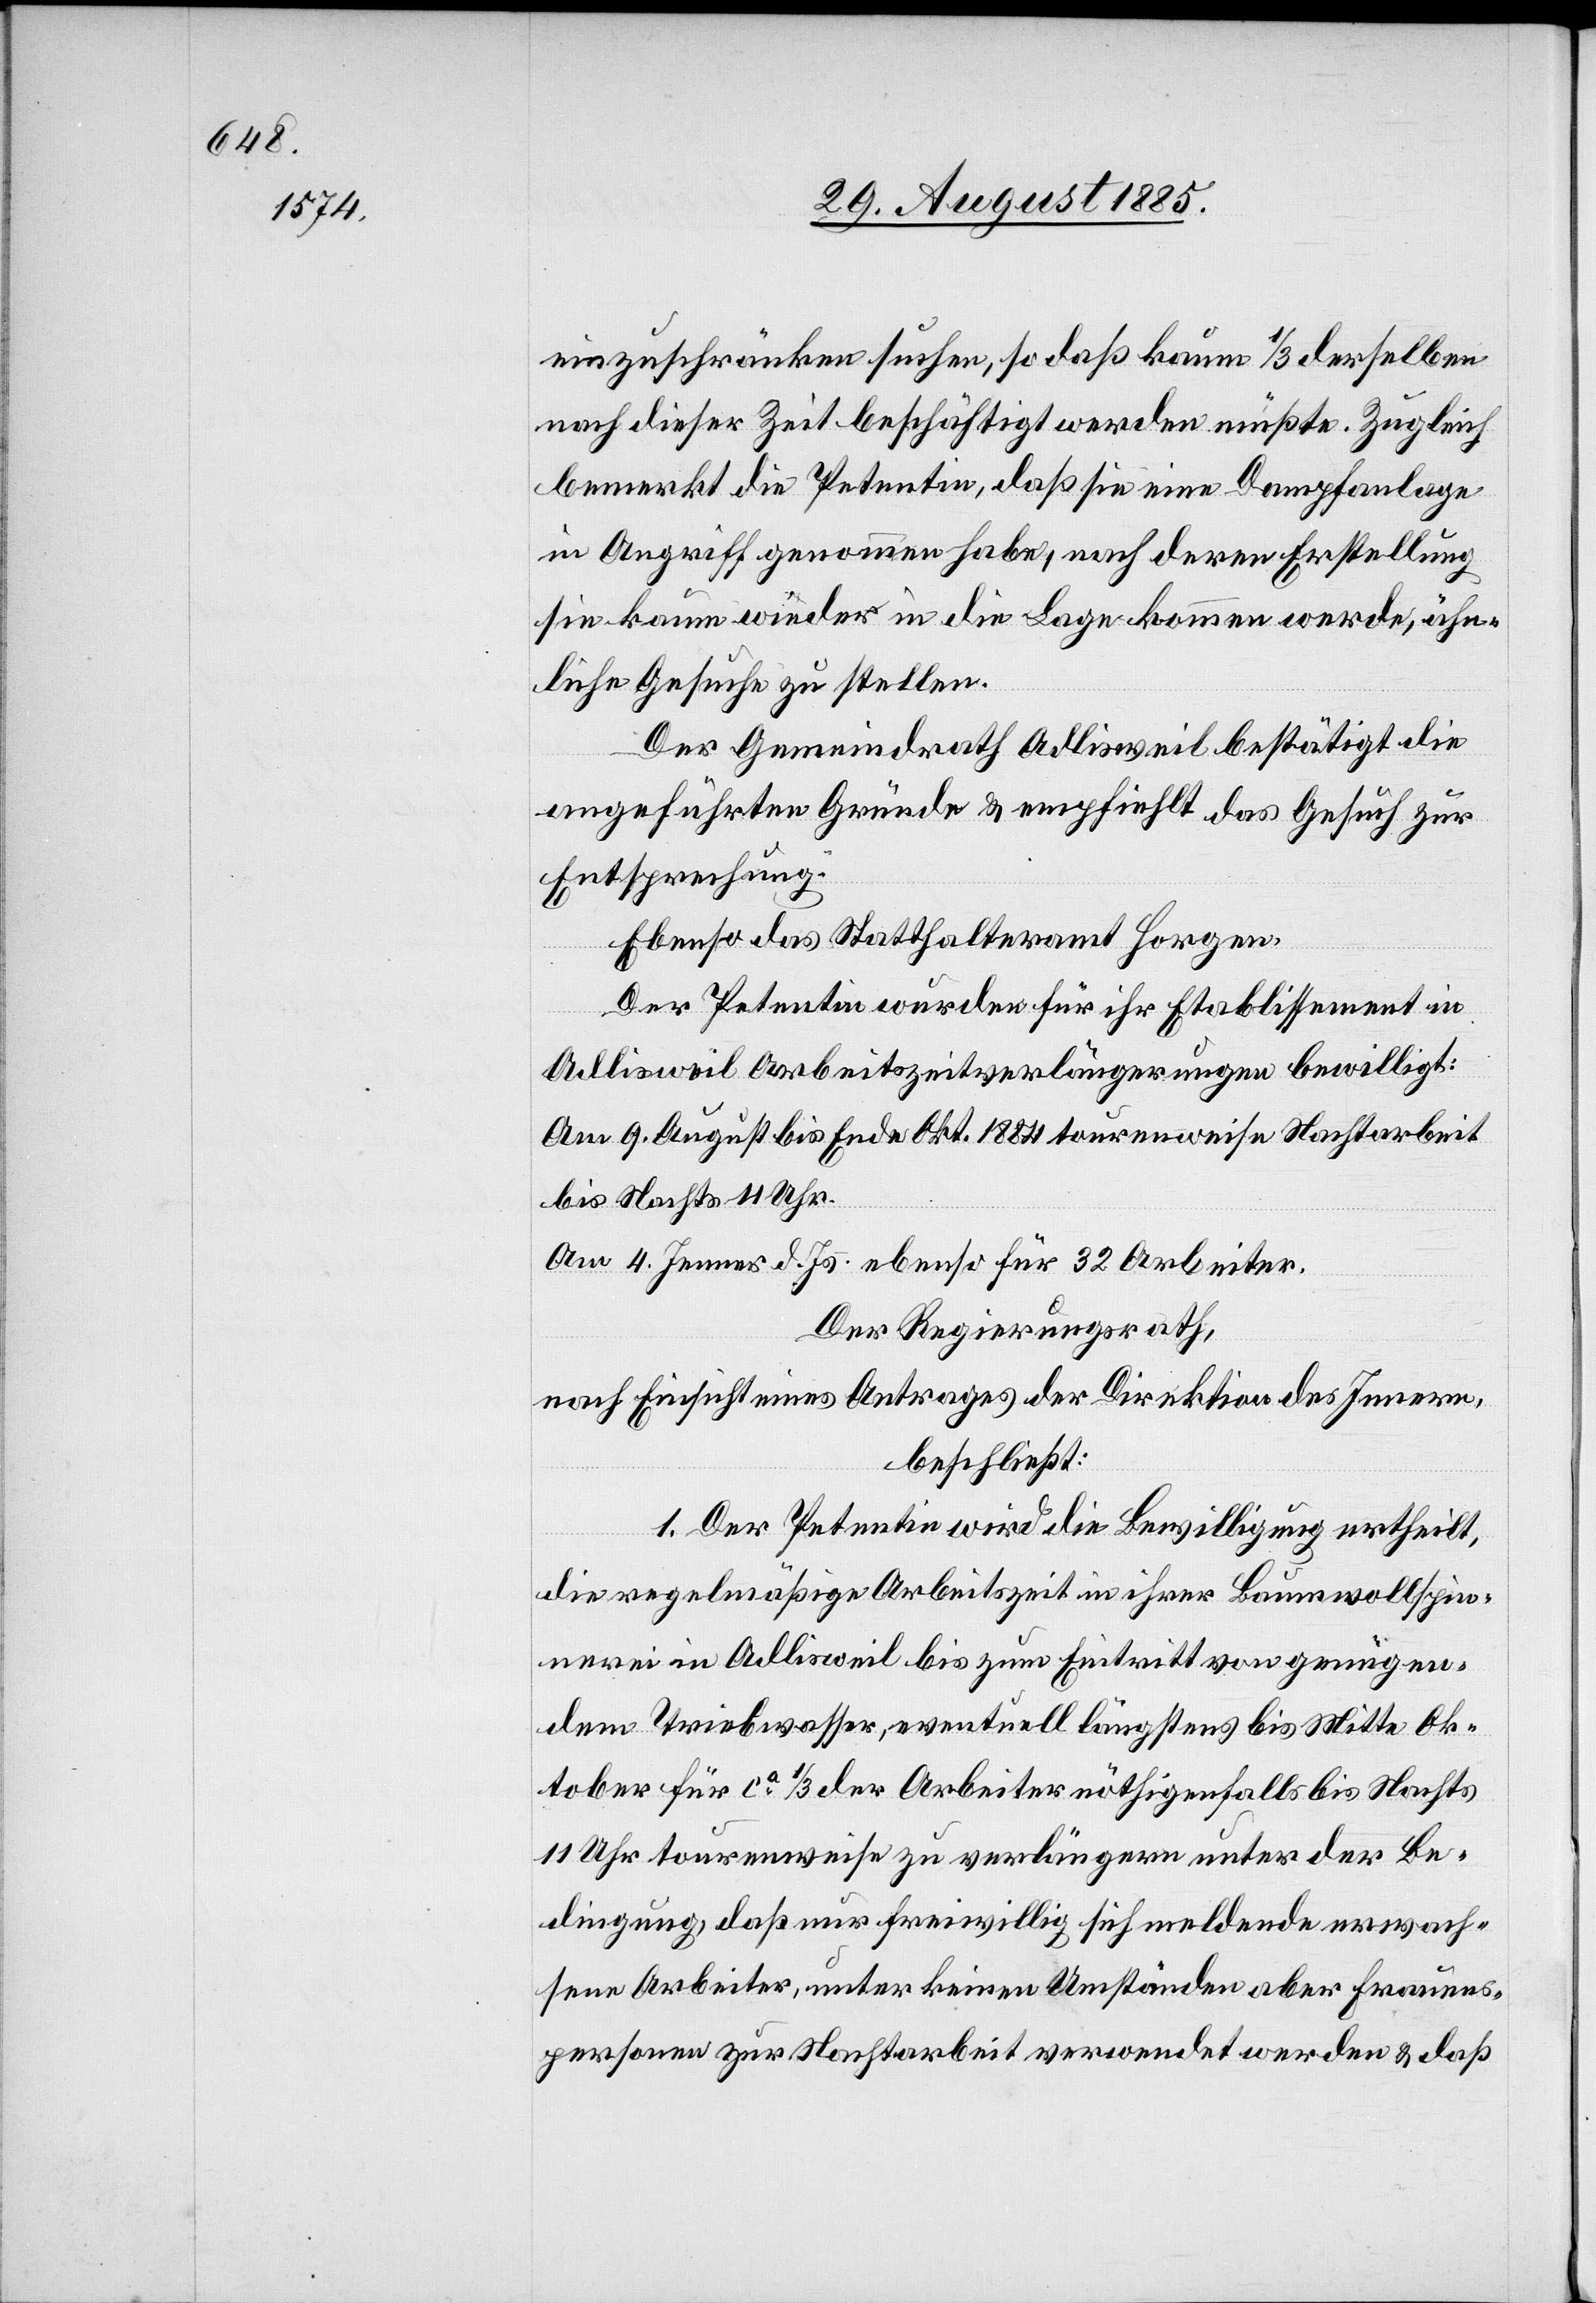
einzuschränken suchen, so daß 1/3 derselben
nach dieser Zeit beschäftigt werden müßte. Zugleich
bemerkt die Petentin, daß sie eine Dampfanlage
in Angriff genommen habe, nach deren Erstellung
sie kaum wieder in die Lage kommen werde, ähn¬
liche Gesuche zu stellen.
Der Gemeindrath Adlisweil bestätigt die
angeführten Gründe & empfiehlt das Gesuch zur
Entsprechung:
Ebenso das Statthalteramt Horgen.
Der Petentin wurden für ihr Etablissement in
Adlisweil Arbeitszeitverlängerungen bewilligt:
Am 9. August bis Ende Okt. 1884 tourenweise Nachtarbeit
bis Nachts 11 Uhr.
Am 4. Jenner d. Js. ebenso für 32 Arbeiter.
Der Regierungsrath,
nach Einsicht eines Antrages der Direktion des Innern,
beschließt:
1. Der Petentin wird die Bewilligung ertheilt,
die regelmäßige Arbeitszeit in ihrer Baumwollspin¬
nerei in Adlisweil bis zum Eintritt von genügen¬
dem Triebwasser, eventuell längstens bis Mitte Ok¬
tober für ca 1/3 der Arbeiter nöthigenfalls bis Nachts
11 Uhr tourenweise zu verlängern unter der Be¬
dingung, daß nur freiwillig sich meldende erwach¬
sene Arbeiter, unter keinen Umständen aber Frauens¬
personen zur Nachtarbeit verwendet werden & daß